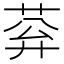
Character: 𦰠